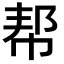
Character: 帮